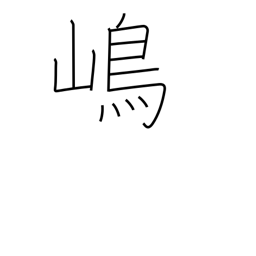
Meaning: island